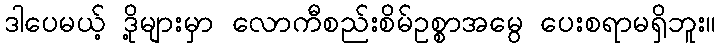
ဒါပေမယ့် ဒို့များမှာ လောကီစည်းစိမ်ဥစ္စာအမွေ ပေးစရာမရှိဘူး။